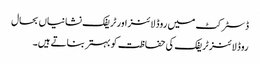
ڈسٹرکٹ میں روڈ لائنز اور ٹریفک نشانیاں بحال
روڈ لائنز ٹریفک کی حفاظت کو بہتر بناتے ہیں۔